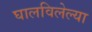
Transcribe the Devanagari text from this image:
घालविलेल्या